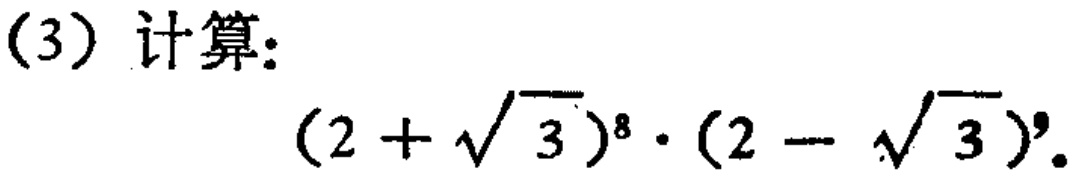
(3) 计算:
\((2 + \sqrt{3})^{8} \cdot (2 - \sqrt{3})^{9}\)